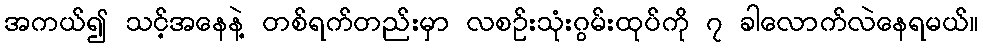
အကယ်၍ သင့်အနေနဲ့ တစ်ရက်တည်းမှာ လစဉ်းသုံးဂွမ်းထုပ်ကို ၇ ခါလောက်လဲနေရမယ်။